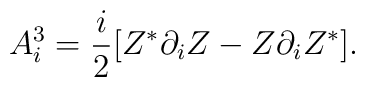
A^3_i=\frac{i}{2}[Z^*\partial_iZ-Z\partial_iZ^*].